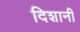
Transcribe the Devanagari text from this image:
दिशानी